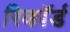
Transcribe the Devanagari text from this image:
रिकाॅर्ड